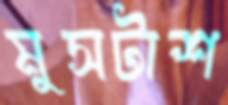
মুসটাশ